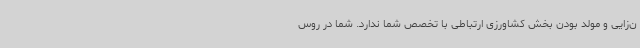
ن‌زایی و مولد بودن بخش کشاورزی ارتباطی با تخصص شما ندارد. شما در روس